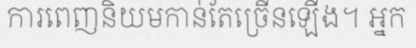
ការពេញនិយមកាន់តែច្រើនឡើង។ អ្នក